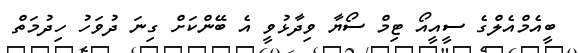
ބީއެމްއެލްގެ ސީއީއޯ ޓިމް ސޯޔާ ވިދާޅުވީ އެ ބޭންކަަށް ގިނަ ދުވަހު ހިދުމަތް